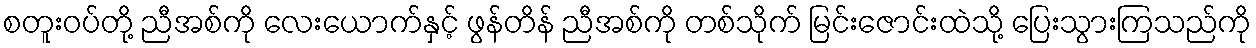
စတူးဝပ်တို့ ညီအစ်ကို လေးယောက်နှင့် ဖွန်တိန် ညီအစ်ကို တစ်သိုက် မြင်းဇောင်းထဲသို့ ပြေးသွားကြသည်ကို